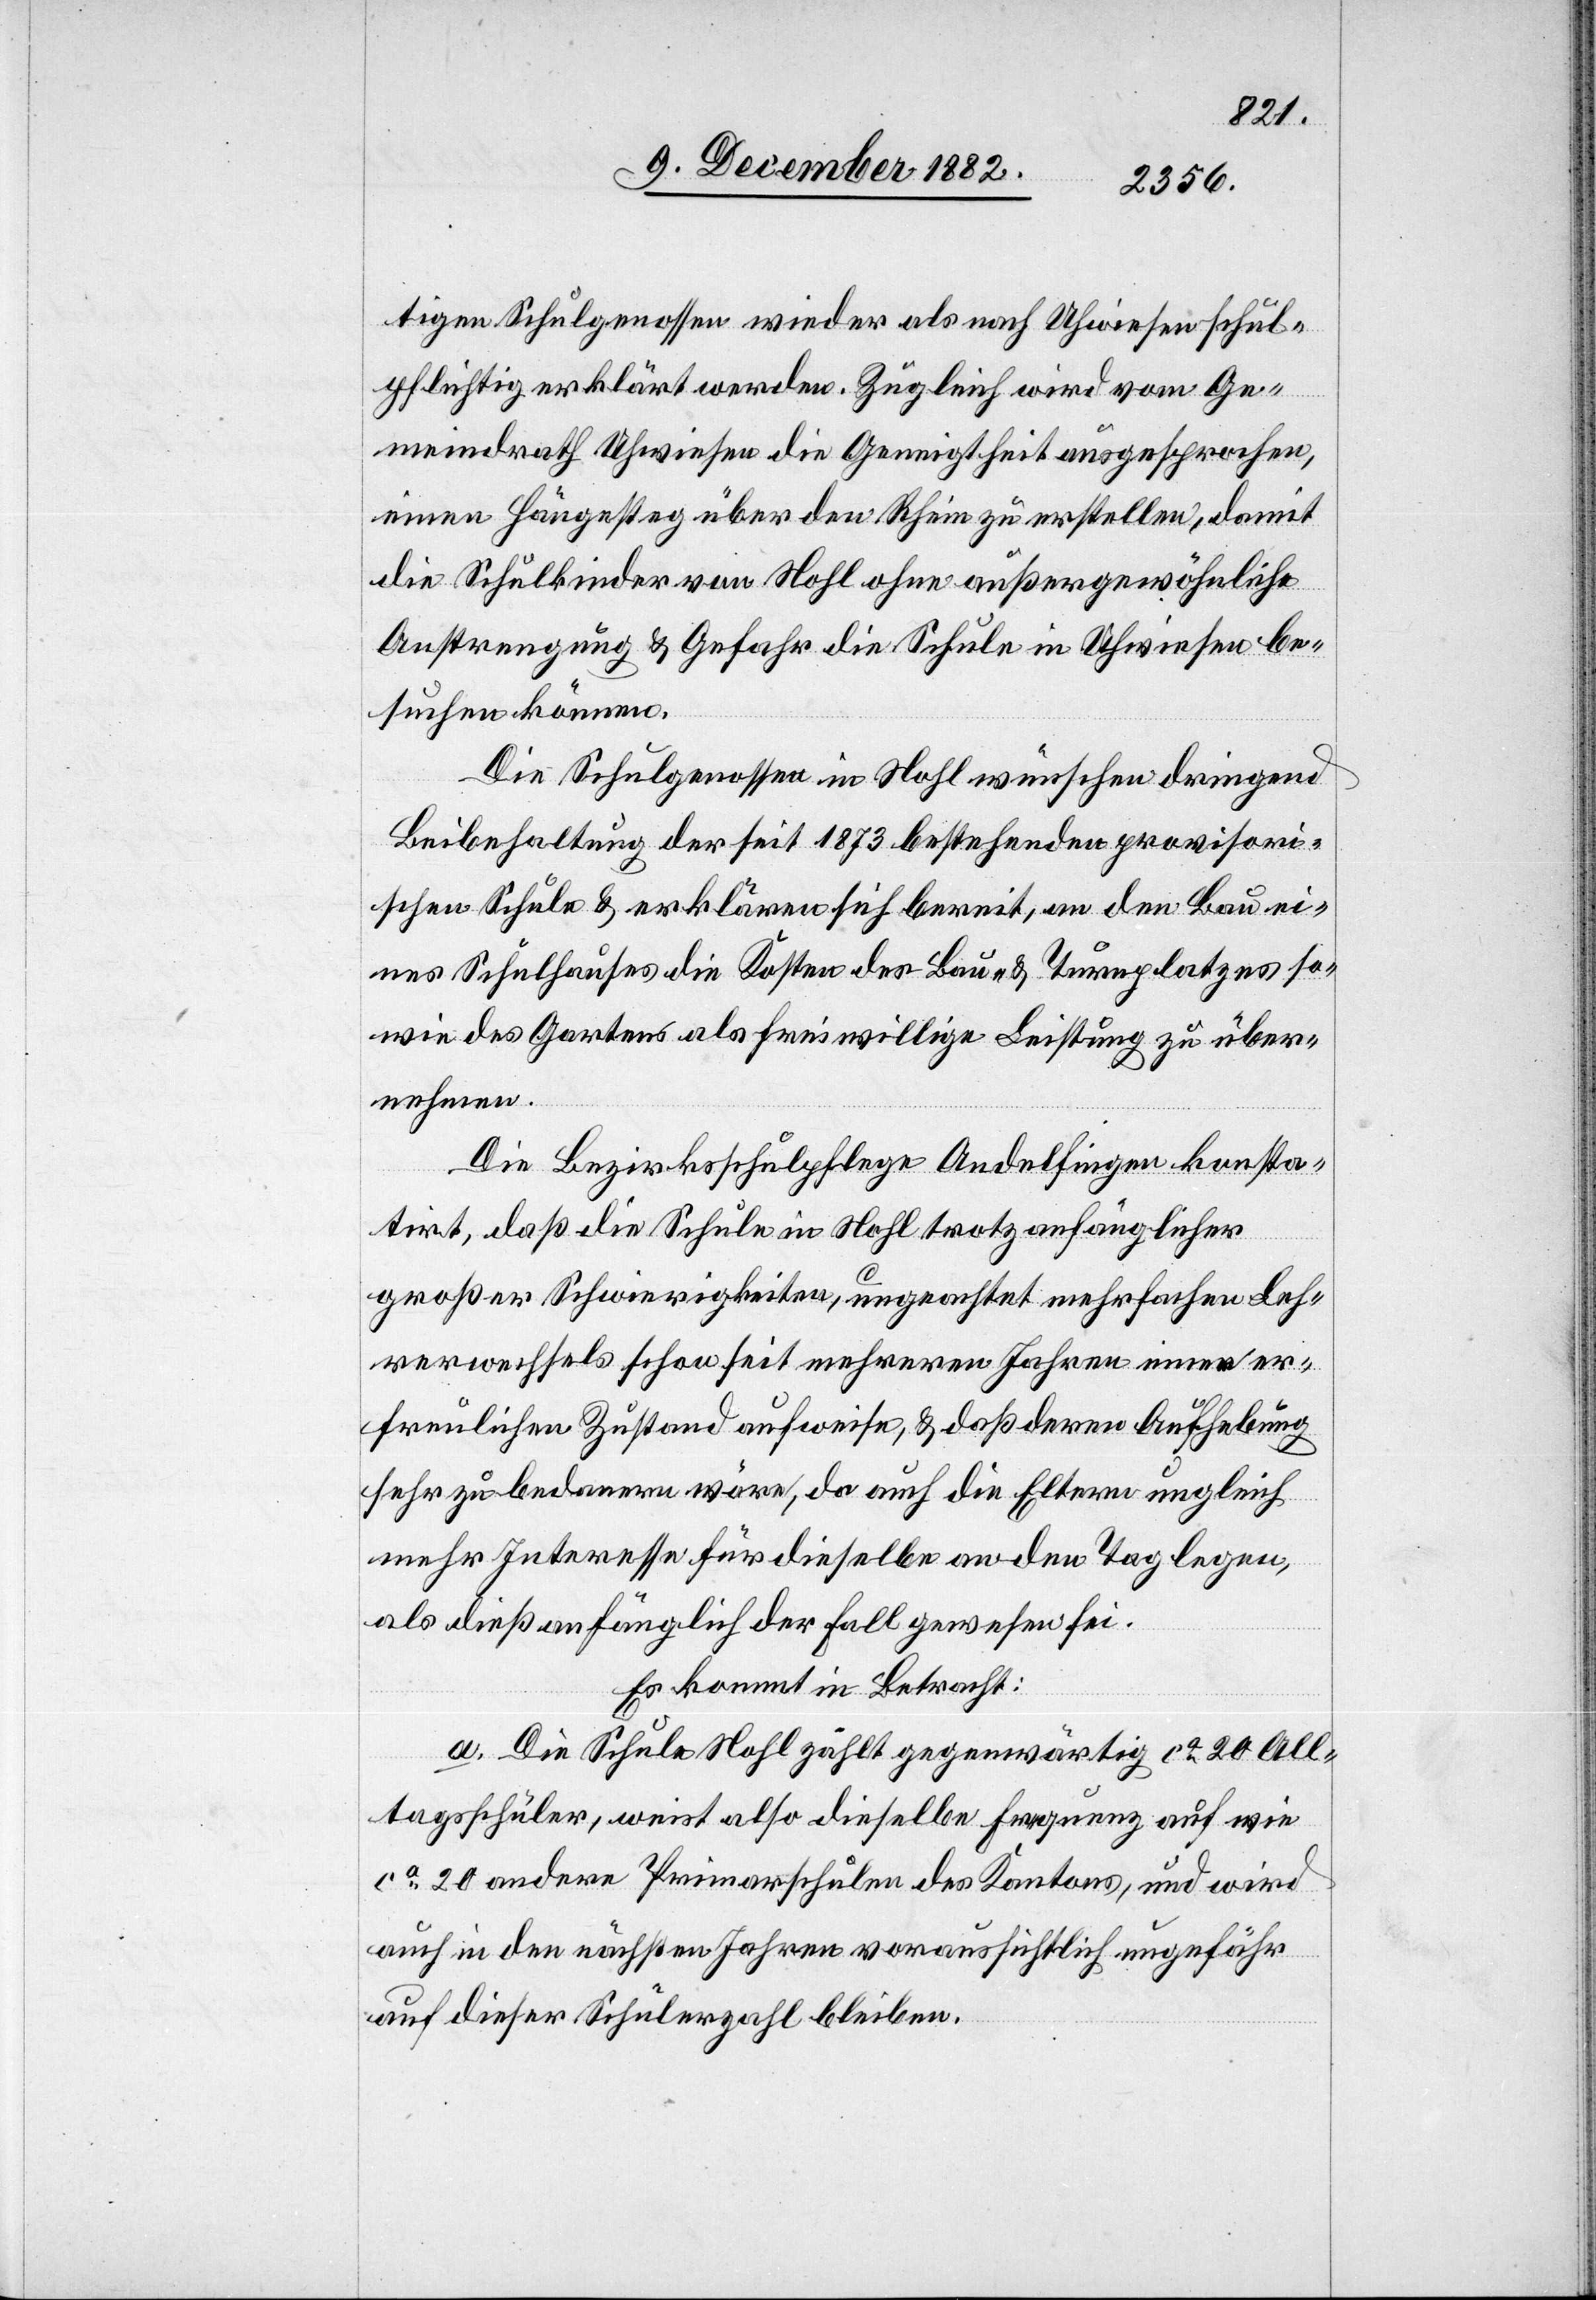
tigen Schulgenossen wieder als nach Uhwiesen schul¬
pflichtig erklärt werden. Zugleich wird vom Ge¬
meindrath Uhwiesen die Geneigtheit ausgesprochen,
einen Hängesteg über den Rhein zu erstellen, damit
die Schulkinder von Nohl ohne außergewöhnliche
Anstrengung & Gefahr die Schule in Uhwiesen be¬
suchen können.
Die Schulgenossen in Nohl wünschen dringend
Beibehaltung der seit 1873 bestehenden provisori¬
schen Schule & erklärten sich bereit, an den Bau ei¬
ner Schulhauses die Kosten des Bau- & Turnplatzes so¬
wie des Gartens als freiwillige Leistung zu über¬
nehmen.
Die Bezirksschulpflege Andelfingen konsta¬
tirt, daß die Schule in Nohl trotz anfänglicher
großer Schwierigkeiten, ungeachtet mehrfachen Leh¬
rerwechsels schon seit mehreren Jahren einen er¬
freulichen Zustand aufweise, & daß deren Aufhebung
sehr zu bedauern wäre, da auch die Eltern ungleich
mehr Interesse für dieselbe an den Tag legen,
als dieß anfänglich der Fall gewesen sei.
Es kommt in Betracht:
a. Die Schule Nohl zählt gegenwärtig ca 20 All¬
tagsschüler, weist also dieselbe Frequenz auf wie
ca 20 andere Primarschulen des Kantons, und wird
auch in den nächsten Jahren voraussichtlich ungefähr
auf dieser Schülerzahl bleiben.